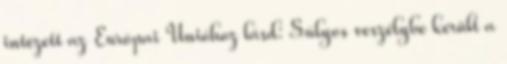
intézett az Európai Unióhoz lásd: Súlyos veszélybe került a